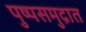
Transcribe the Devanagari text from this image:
पुष्पसमुद्रात